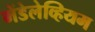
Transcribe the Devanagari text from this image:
मेंडेलेव्हियम